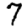
Digit: 7